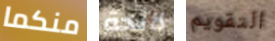
منكما لائحة التقويم